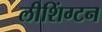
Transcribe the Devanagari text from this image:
लीशिंग्टन